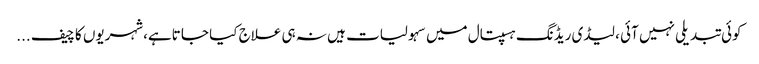
کوئی تبدیلی نہیں آئی ، لیڈی ریڈنگ ہسپتال میں سہولیات ہیں نہ ہی علاج کیا جا تاہے،شہریوں کا چیف ...